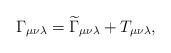
LaTeX: \begin{align*}\Gamma _{\mu \nu \lambda }=\widetilde{\Gamma }_{\mu \nu \lambda }+T_{\mu \nu\lambda }, \end{align*}